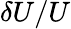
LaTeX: \delta U/U